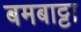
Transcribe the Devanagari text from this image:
बमबाट्टा